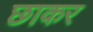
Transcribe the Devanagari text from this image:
छाकर